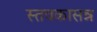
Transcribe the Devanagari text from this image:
स्तवकासन्न